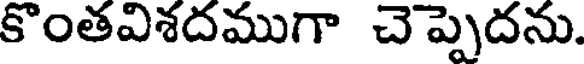
కొంతవిశదముగా చెప్పెదను.